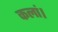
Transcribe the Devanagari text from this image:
कलां।